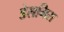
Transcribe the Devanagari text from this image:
डेलमिरा